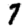
Digit: 7